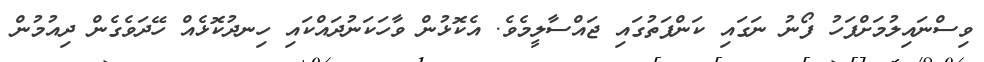
ވިސްނައިލުމަށްފަހު ފޯނު ނަގައި ކަންފަތުގައި ޖައްސާލީމެވެ. އެކޮޅުން ވާހަކަނުދައްކައި ހިނދުކޮޅެއް ހޭދަވެގެން ދިއުމުން